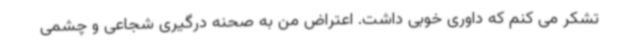
تشکر می کنم که داوری خوبی داشت. اعتراض من به صحنه درگیری شجاعی و چشمی